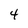
Character: 4